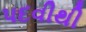
પદવીથી